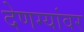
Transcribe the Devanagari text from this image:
देणग्यांवर